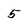
Character: 5